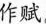
作赋。